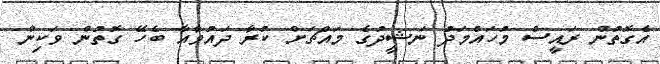
އެގޮތުން ރައީސް މުހައްމަދު ނަޝީދުގެ މައްޗަށް ކުރާ ދައުވާއާ ބެހޭ ގޮތުން ވަކިން